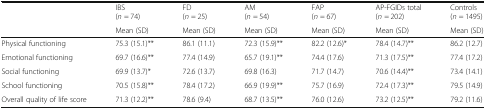
<table><thead><tr><td rowspan="2"></td><td><b>IBS(<i>n</i> = 74)</b></td><td><b>FD(<i>n</i> = 25)</b></td><td><b>AM(<i>n</i> = 54)</b></td><td><b>FAP(<i>n</i> = 67)</b></td><td><b>AP-FGIDs total(<i>n</i> = 202)</b></td><td><b>Controls(<i>n</i> = 1495)</b></td></tr><tr><td><b>Mean (SD)</b></td><td><b>Mean (SD)</b></td><td><b>Mean (SD)</b></td><td><b>Mean (SD)</b></td><td><b>Mean (SD)</b></td><td><b>Mean (SD)</b></td></tr></thead><tbody><tr><td>Physical functioning</td><td>75.3 (15.1)**</td><td>86.1 (11.1)</td><td>72.3 (15.9)**</td><td>82.2 (12.6)*</td><td>78.4 (14.7)**</td><td>86.2 (12.7)</td></tr><tr><td>Emotional functioning</td><td>69.7 (16.6)**</td><td>77.4 (14.9)</td><td>65.7 (19.1)**</td><td>74.4 (17.6)</td><td>71.3 (17.5)**</td><td>77.4 (17.2)</td></tr><tr><td>Social functioning</td><td>69.9 (13.7)*</td><td>72.6 (13.7)</td><td>69.8 (16.3)</td><td>71.7 (14.7)</td><td>70.6 (14.4)**</td><td>73.4 (14.1)</td></tr><tr><td>School functioning</td><td>70.5 (15.8)**</td><td>78.4 (17.2)</td><td>66.9 (19.9)**</td><td>75.7 (16.9)</td><td>72.4 (17.3)**</td><td>79.5 (14.9)</td></tr><tr><td>Overall quality of life score</td><td>71.3 (12.2)**</td><td>78.6 (9.4)</td><td>68.7 (13.5)**</td><td>76.0 (12.6)</td><td>73.2 (12.5)**</td><td>79.2 (11.6)</td></tr></tbody></table>